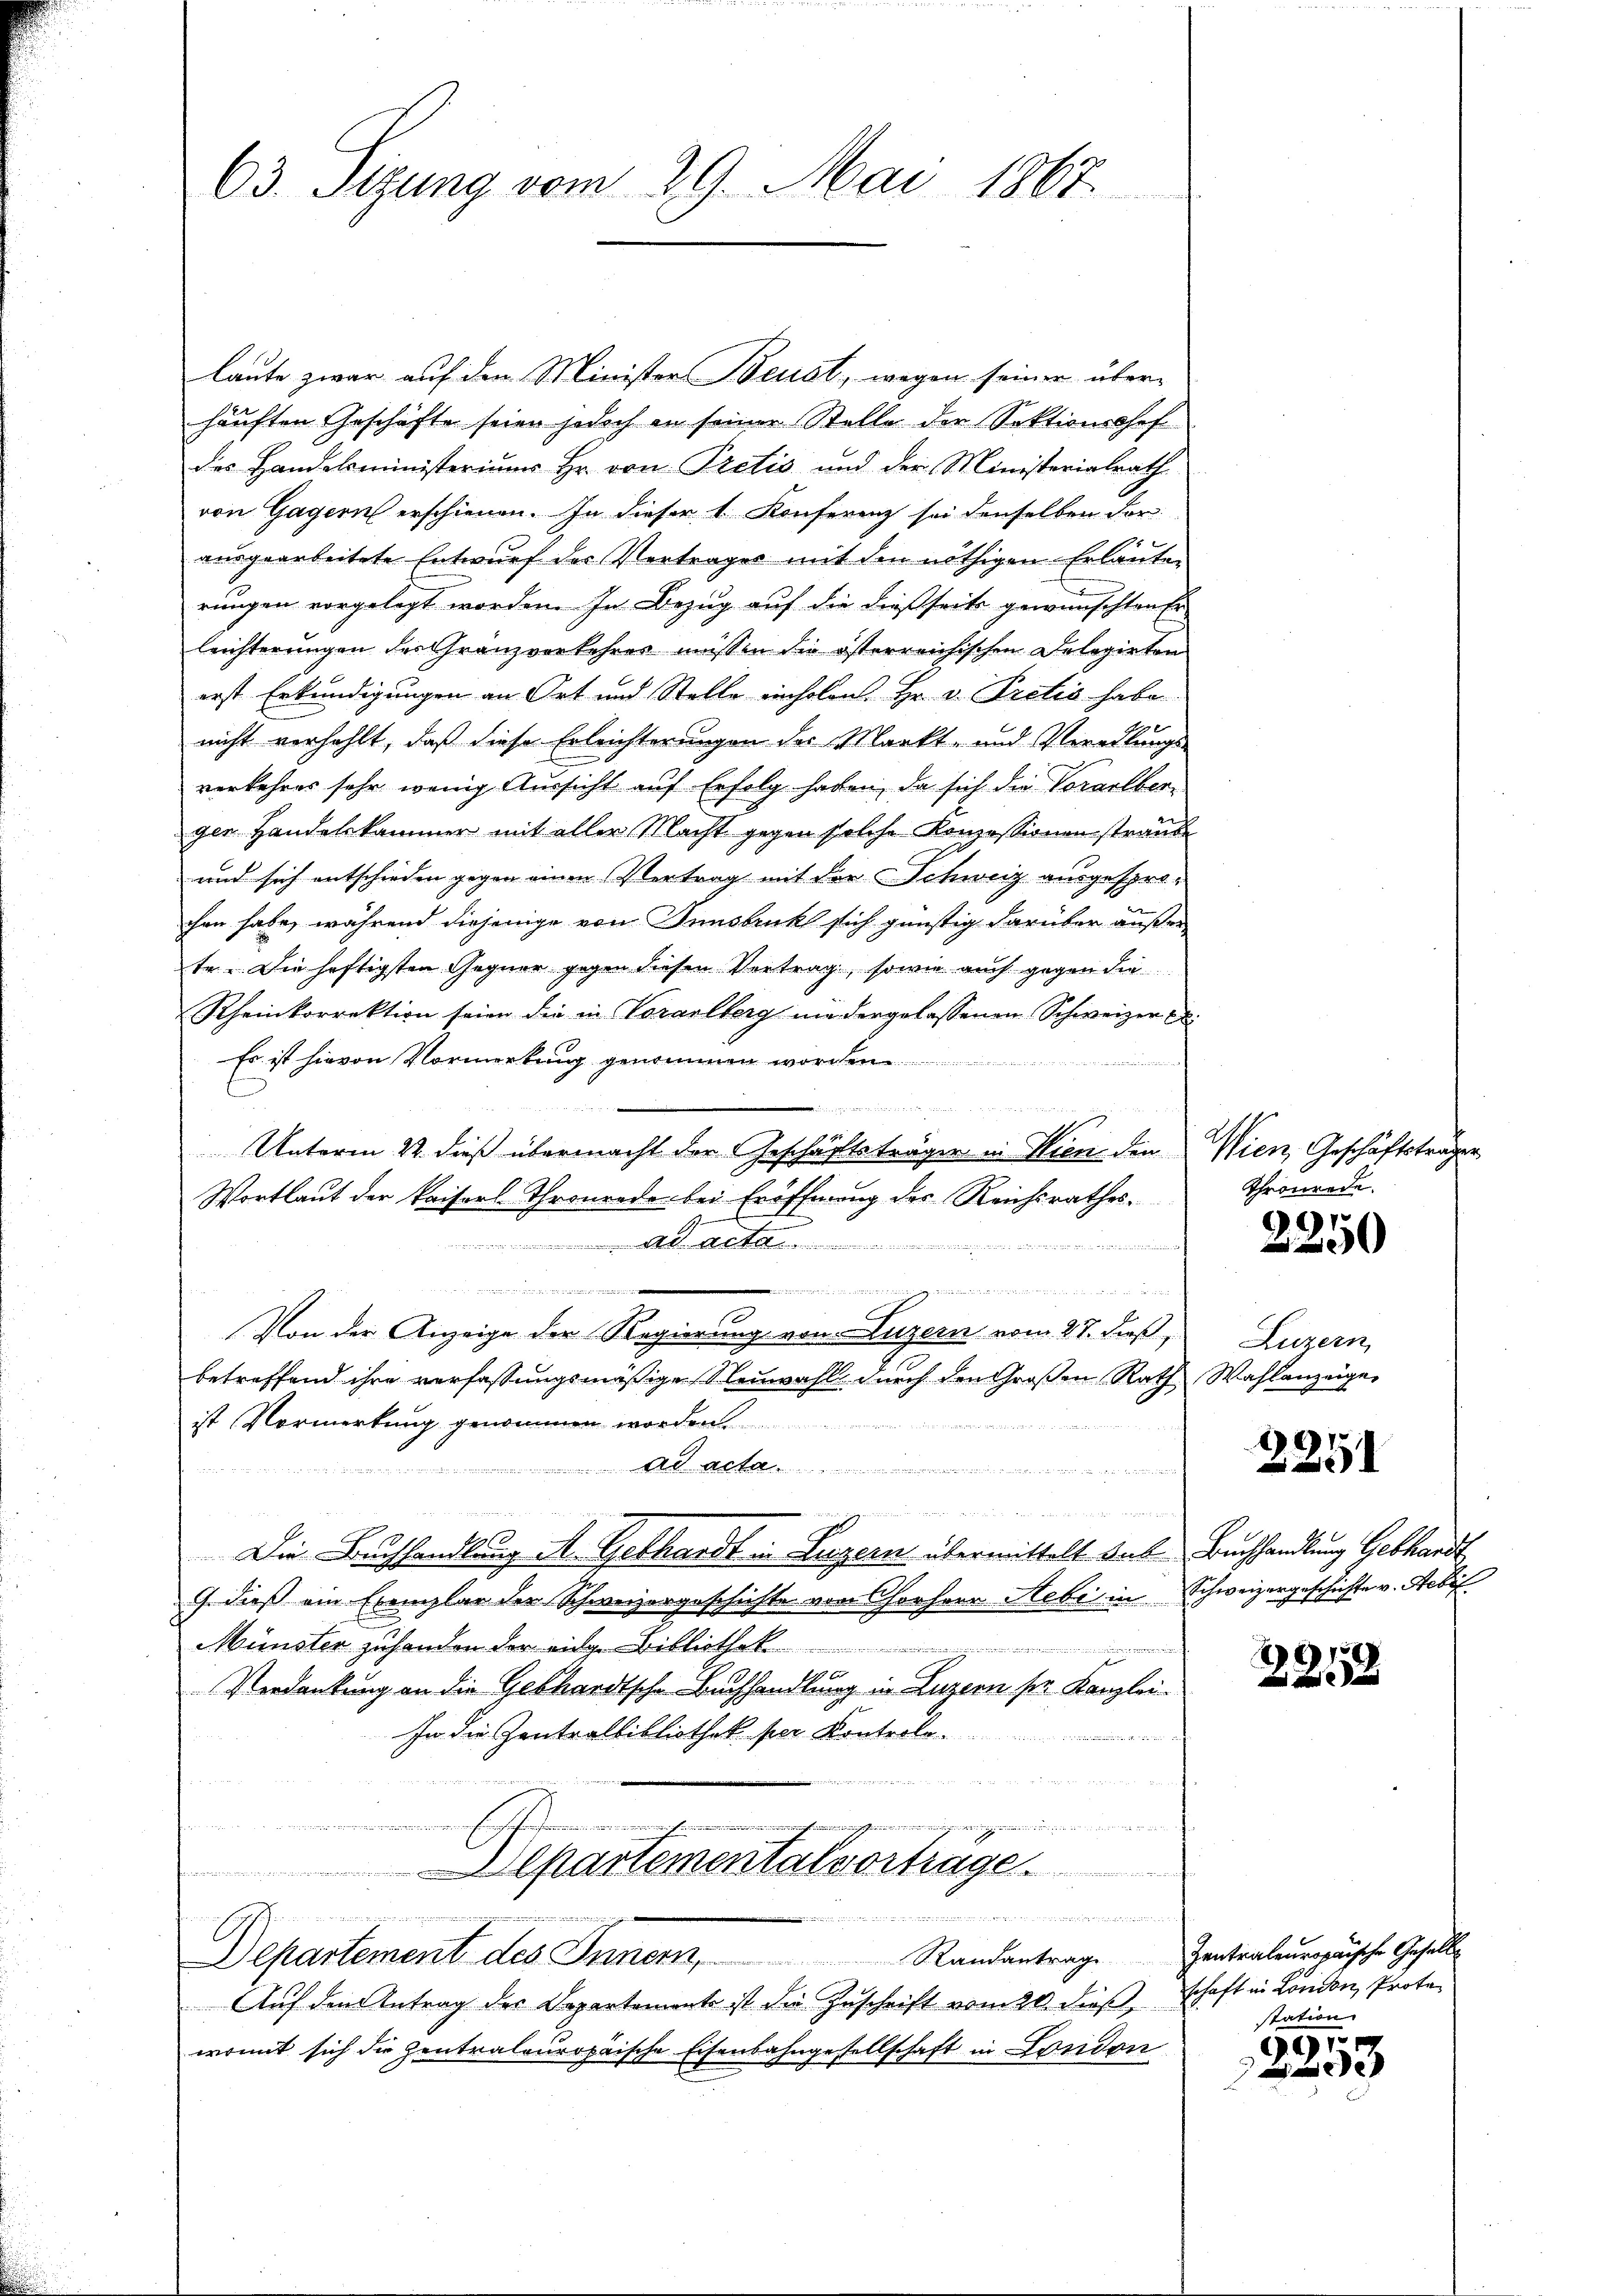
63. Sizung vom 29. Mai 1867

laute zwar auf den Minister Berat, wegen seiner über-
häuften Geschäfte seien jedoch in seiner Stelle der Sektionschef
des Handelsministeriums Hr. von Pretis und der Ministerialrath
von Gagern erschienen. In dieser 1. Konferenz sei denselben dor-
7
ausgearbeitete Entwurf des Vertrages mit den nöthigen Erlaute
rungen vorgelegt worden. In Bezug auf die dießseits gewünschten Er
leichterungen des Granzverkehres müssen die österreichischen Delegirten
erst Erkundigungen an Ort und Stelle einholen. Hr. v. Pretio habe.
nicht verhehlt, daß diese Erleichterungen des Markt- und Veredlungs-
verkehres sehr wenig Aussicht auf Erfolg haben, da sich die Vorarlber
gen Handelskammer mit aller Macht gegen solche Konzessionen strans
und sich entschieden gegen einen Vertrag mit der Schweiz ausgesprochen habe, während diejenige von Innsbruckt sich günstig darüber außer
te. Die heftigsten Gegner gegen diesen Vertrag, sowie auch gegen die
Rheinkorrektion seien die in Vorarlberg nie dergelassenen Schweizer
Es ist hievon Vormerkung genommen wor
Unterm 22. dieß übermacht der Geschäftsträger in Wien den
Wortlaut der Kaiserl Thronrede bei Eröffnung des Reichsrathes.
At
d in den und den

eier in de
um
Von der Anzeige der Regierung von Luzern vom 27. dieß,
betreffend ihre verfassungsmäßige Neuwahl durch den Großen Rath Wahlanzeige,
ist Vormerkung genommen worden.
Ad acta
und dem
i
Die Buchhandlung M. Gebhardt in Luzern übermittelt hab Buchhandlung Gebhardt
9. dieß ein Exemplar der Schweizergeschichte von Chorherr Nebe in Schweizergeschichte v. Febr.
Münster zuhanden der eidge Bibliothek
m
Verdankung an die Gebhardtsche Buchhandlung in Luzern ser Kanzlei
In die Zentralbibliothek per Kontrolo.
n
i
 wie der ein ich und wimmenen wir in eine
Departementalvorträge. . . . . . . .
n den einen
 Egts wenn
Departement des Innern, Randantrage Zentraleuropaische Geselbe
Auf den Antrag des Departemente ist die Zuschrift vom 20. dießschaft in London, Protowomit sich die Zentraleuropäische Eisenbahngesellschaft in London

Wien, Geschäftstragen
Thronrede.

2250

Luzern,

2251

2218

station

997
x